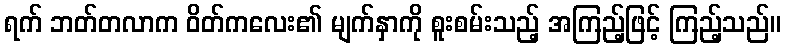
ရက် ဘတ်တလာက ဝိတ်ကလေး၏ မျက်နှာကို စူးစမ်းသည့် အကြည့်ဖြင့် ကြည့်သည်။